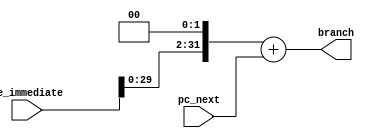
//Left shift (2) sign extended immediate value and add to PC+4

module branch_addr (
    input [31:0] se_immediate,
    input [31:0] pc_next,
    output [31:0] branch
);

wire [31:0] left_shift;

assign left_shift = {se_immediate[29:0], 2'b0};
assign branch = left_shift + pc_next;

endmodule